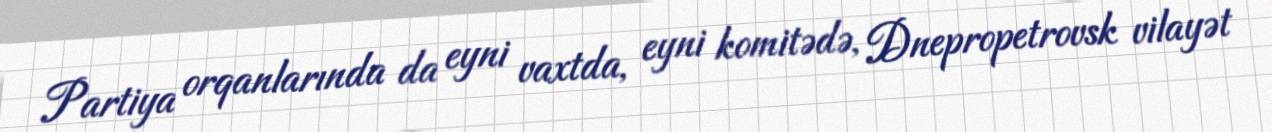
Partiya orqanlarında da eyni vaxtda, eyni komitədə, Dnepropetrovsk vilayət